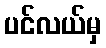
ပင်လယ်မှ